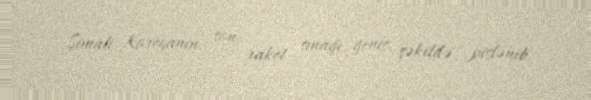
Şimali Koreyanın son raket sınağı geniş şəkildə pislənib.